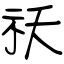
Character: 祅